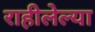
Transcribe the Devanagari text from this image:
राहीलेल्या